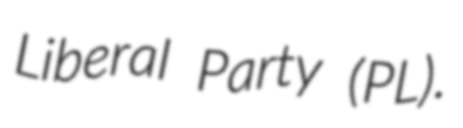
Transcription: Liberal Party (PL).